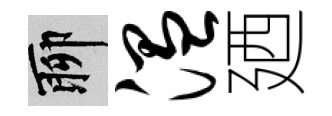
聊温廼